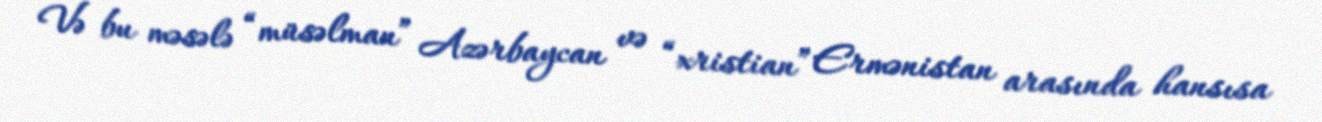
Və bu məsələ “müsəlman” Azərbaycan və “xristian” Ermənistan arasında hansısa